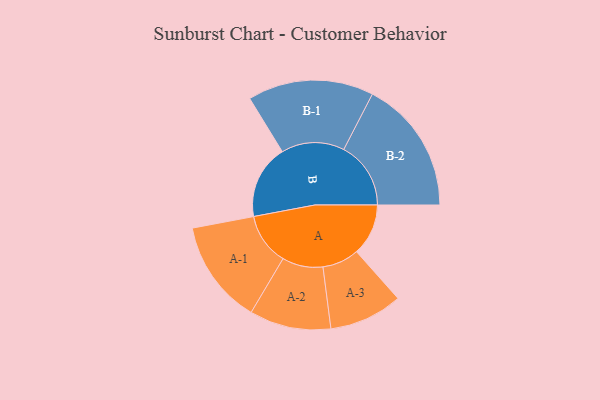
{"axis": {"x": "Segment", "y": "Value"}, "legend": ["", "A", "B"], "data": [{"x": "A", "y": 179, "type": ""}, {"x": "B", "y": 256, "type": ""}, {"x": "A-1", "y": 180, "type": "A"}, {"x": "A-2", "y": 141, "type": "A"}, {"x": "A-3", "y": 127, "type": "A"}, {"x": "B-1", "y": 218, "type": "B"}, {"x": "B-2", "y": 232, "type": "B"}]}